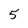
Character: 5